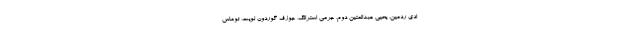
ادی ردمین، یحیی عبدالمتین دوم، جرمی استرانگ، جوزف گوردون لویت، توماس